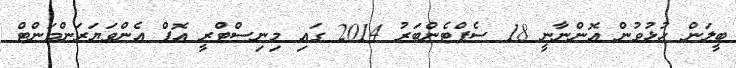
ބީލަން ހުޅުވުން އޮންނާނީ 18 ސެޕްޓެންބަރު 2014 ގައި މިނިސްޓްރީ އޮފް އެންވަޔަރަންމަންޓް